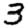
Digit: 3